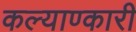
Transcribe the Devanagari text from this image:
कल्याण्कारी